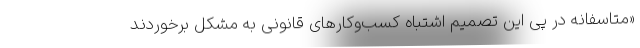
«متاسفانه در پی این تصمیم اشتباه کسب‌وکار‌های قانونی به مشکل برخوردند